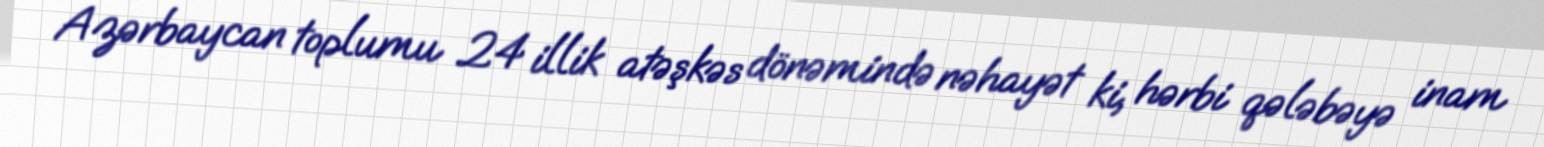
Azərbaycan toplumu 24 illik atəşkəs dönəmində nəhayət ki, hərbi qələbəyə inam